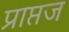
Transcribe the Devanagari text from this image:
प्राप्तज